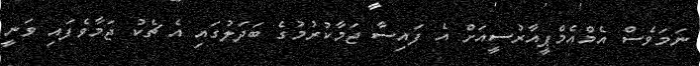
ނަމަވެސް އެމްއެމްޕީއާރުސީއަށް އެ ފައިސާ ޖަމާކުރުމުގެ ބަދަލުގައި އެ ޗެކު ޖަމާވެފައި ވަނީ